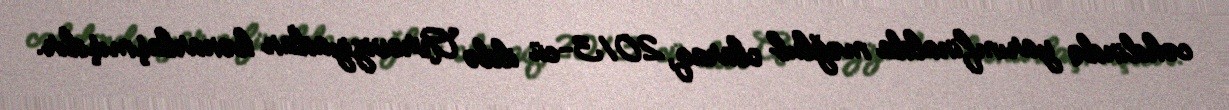
cəhdində yarımfinalda məğlub olaraq, 2013-cü ildə Avroviziyadan kənarlaşmışdır.